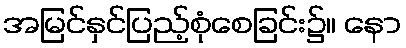
အမြင်နှင်ပြည့်စုံစေခြင်း၌။ နော